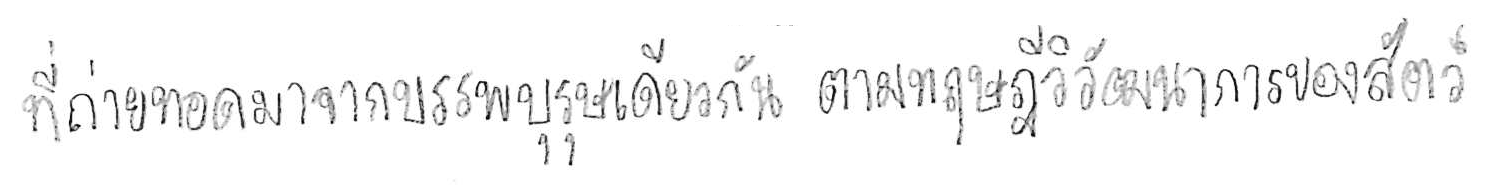
ที่ถ่ายทอดมาจากบรรพบุรุษเดียวกัน ตามทฤษฎีวิวัฒนาการของสัตว์